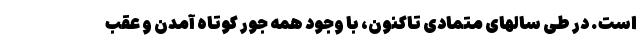
است. در طی سالهای متمادی تاکنون، با وجود همه جور کوتاه آمدن و عقب